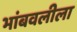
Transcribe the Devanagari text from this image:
भांबवलीला